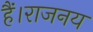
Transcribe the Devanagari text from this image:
हैं।राजनय